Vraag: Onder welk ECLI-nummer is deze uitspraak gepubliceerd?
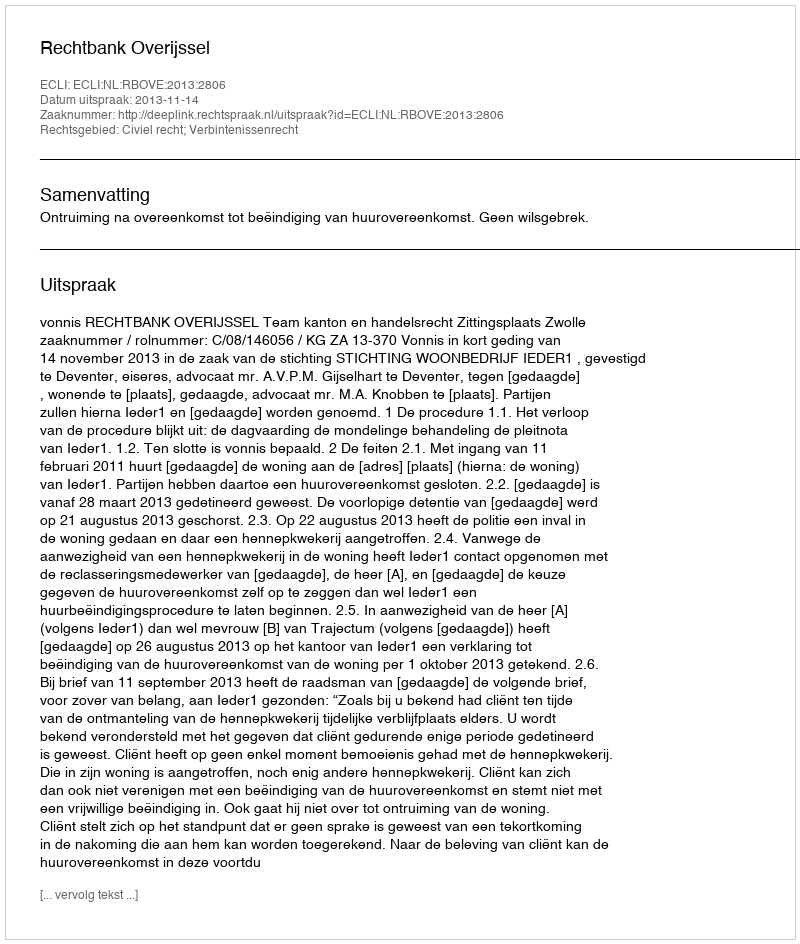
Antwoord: ECLI:NL:RBOVE:2013:2806